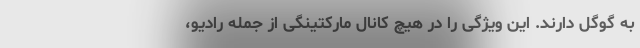
به گوگل دارند. این ویژگی را در هیچ کانال مارکتینگی از جمله رادیو،